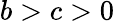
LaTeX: b>c>0